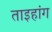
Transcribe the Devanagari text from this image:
ताइहांग